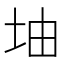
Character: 𡊡